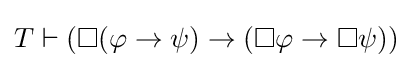
T\vdash (\Box (\varphi \to \psi )\to (\Box \varphi \to \Box \psi ))